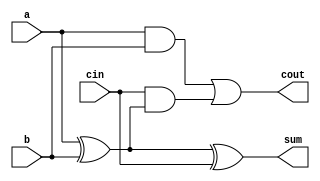
`timescale 1ns / 1ps
//////////////////////////////////////////////////////////////////////////////////
// Company: 
// Engineer: 
// 
// Design Name: 
// Module Name: full_adder
// Project Name: 
// Target Devices: 
// Tool Versions: 
// Description: 
// 
// Dependencies: 
// 
// Revision:
// Revision 0.01 - File Created
// Additional Comments:
// 
//////////////////////////////////////////////////////////////////////////////////


module full_adder(input a, input b, input cin, output sum, output cout);
assign sum = a ^ b ^ cin;
assign cout = (a & b) | (cin & (a ^ b));
endmodule